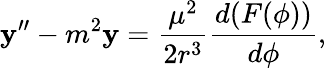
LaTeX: \mathbf{y}^{\prime\prime}-m^{2}\mathbf{y}={\frac{{\mu^{2}}}{{2r^{3}}}}{\frac{{d(F(\phi))}}{{d\phi}}},